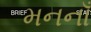
મનનાઁ